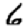
Digit: 6